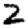
Digit: 2